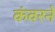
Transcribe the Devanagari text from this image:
कंवरने